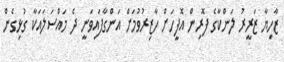
ޒާހިޔާ ޒަރީރު ލަންކާގެ ފޮރިން އޮފީހަށް ހާޒިރުވުމަށް އަންގާފައިވަނީ ދެ މައްސަލައަކާ ގުޅިގެން